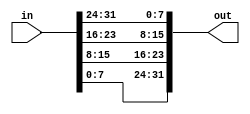
//https://hdlbits.01xz.net/wiki/Vector2

module top_module(
    input [31:0] in,
    output [31:0] out );//

    // assign out[31:24] = ...;
    assign out[31:24] = in[7:0];
    assign out[23:16] = in[15:8];
    assign out[15:8] = in[23:16];
    assign out[7:0] = in[31:24];
endmodule